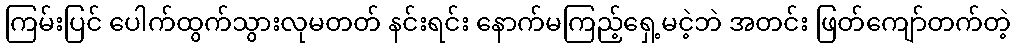
ကြမ်းပြင် ပေါက်ထွက်သွားလုမတတ် နင်းရင်း နောက်မကြည့်ရှေ့မငဲ့ဘဲ အတင်း ဖြတ်ကျော်တက်တဲ့